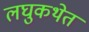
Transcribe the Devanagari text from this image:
लघुकथेत